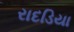
રાદડિયા